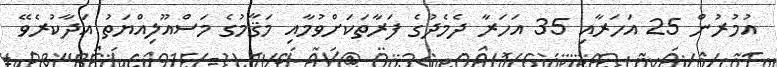
އުމުރުން 25 އަހަރާއި 35 އަހަރާ ދެމެދުގެ ފަރާތަކަށްވުމާއި މަޤާމުގެ މަސްއޫލިއްޔަތު އަދާކުރެވޭ